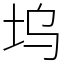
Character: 坞